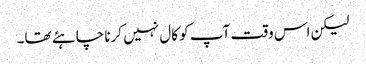
لیکن اس وقت آپ کو کال نہیں کرنا چاہئے تھا۔